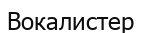
Вокалистер